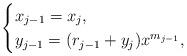
LaTeX: \begin{align*}\begin{cases}x_{j-1} = x_{j},\\y_{j-1} = (r_{j-1}+y_j)x^{m_{j-1}},\end{cases}\end{align*}